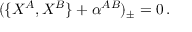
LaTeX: ( \{ X ^ { A } , X ^ { B } \} + \alpha ^ { A B } ) _ { \pm } = 0 \, .